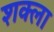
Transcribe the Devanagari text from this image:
शक्ला